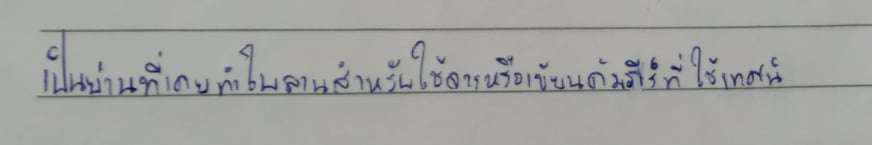
เป็นย่านที่เคยทำใบลานสำหรับใช้จารหรือเขียนคัมภีร์ที่พระใช้เทศน์